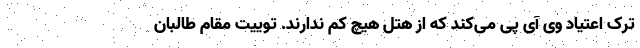
ترک اعتیاد وی آی پی می‌کند که از هتل هیچ کم ندارند. توییت مقام طالبان